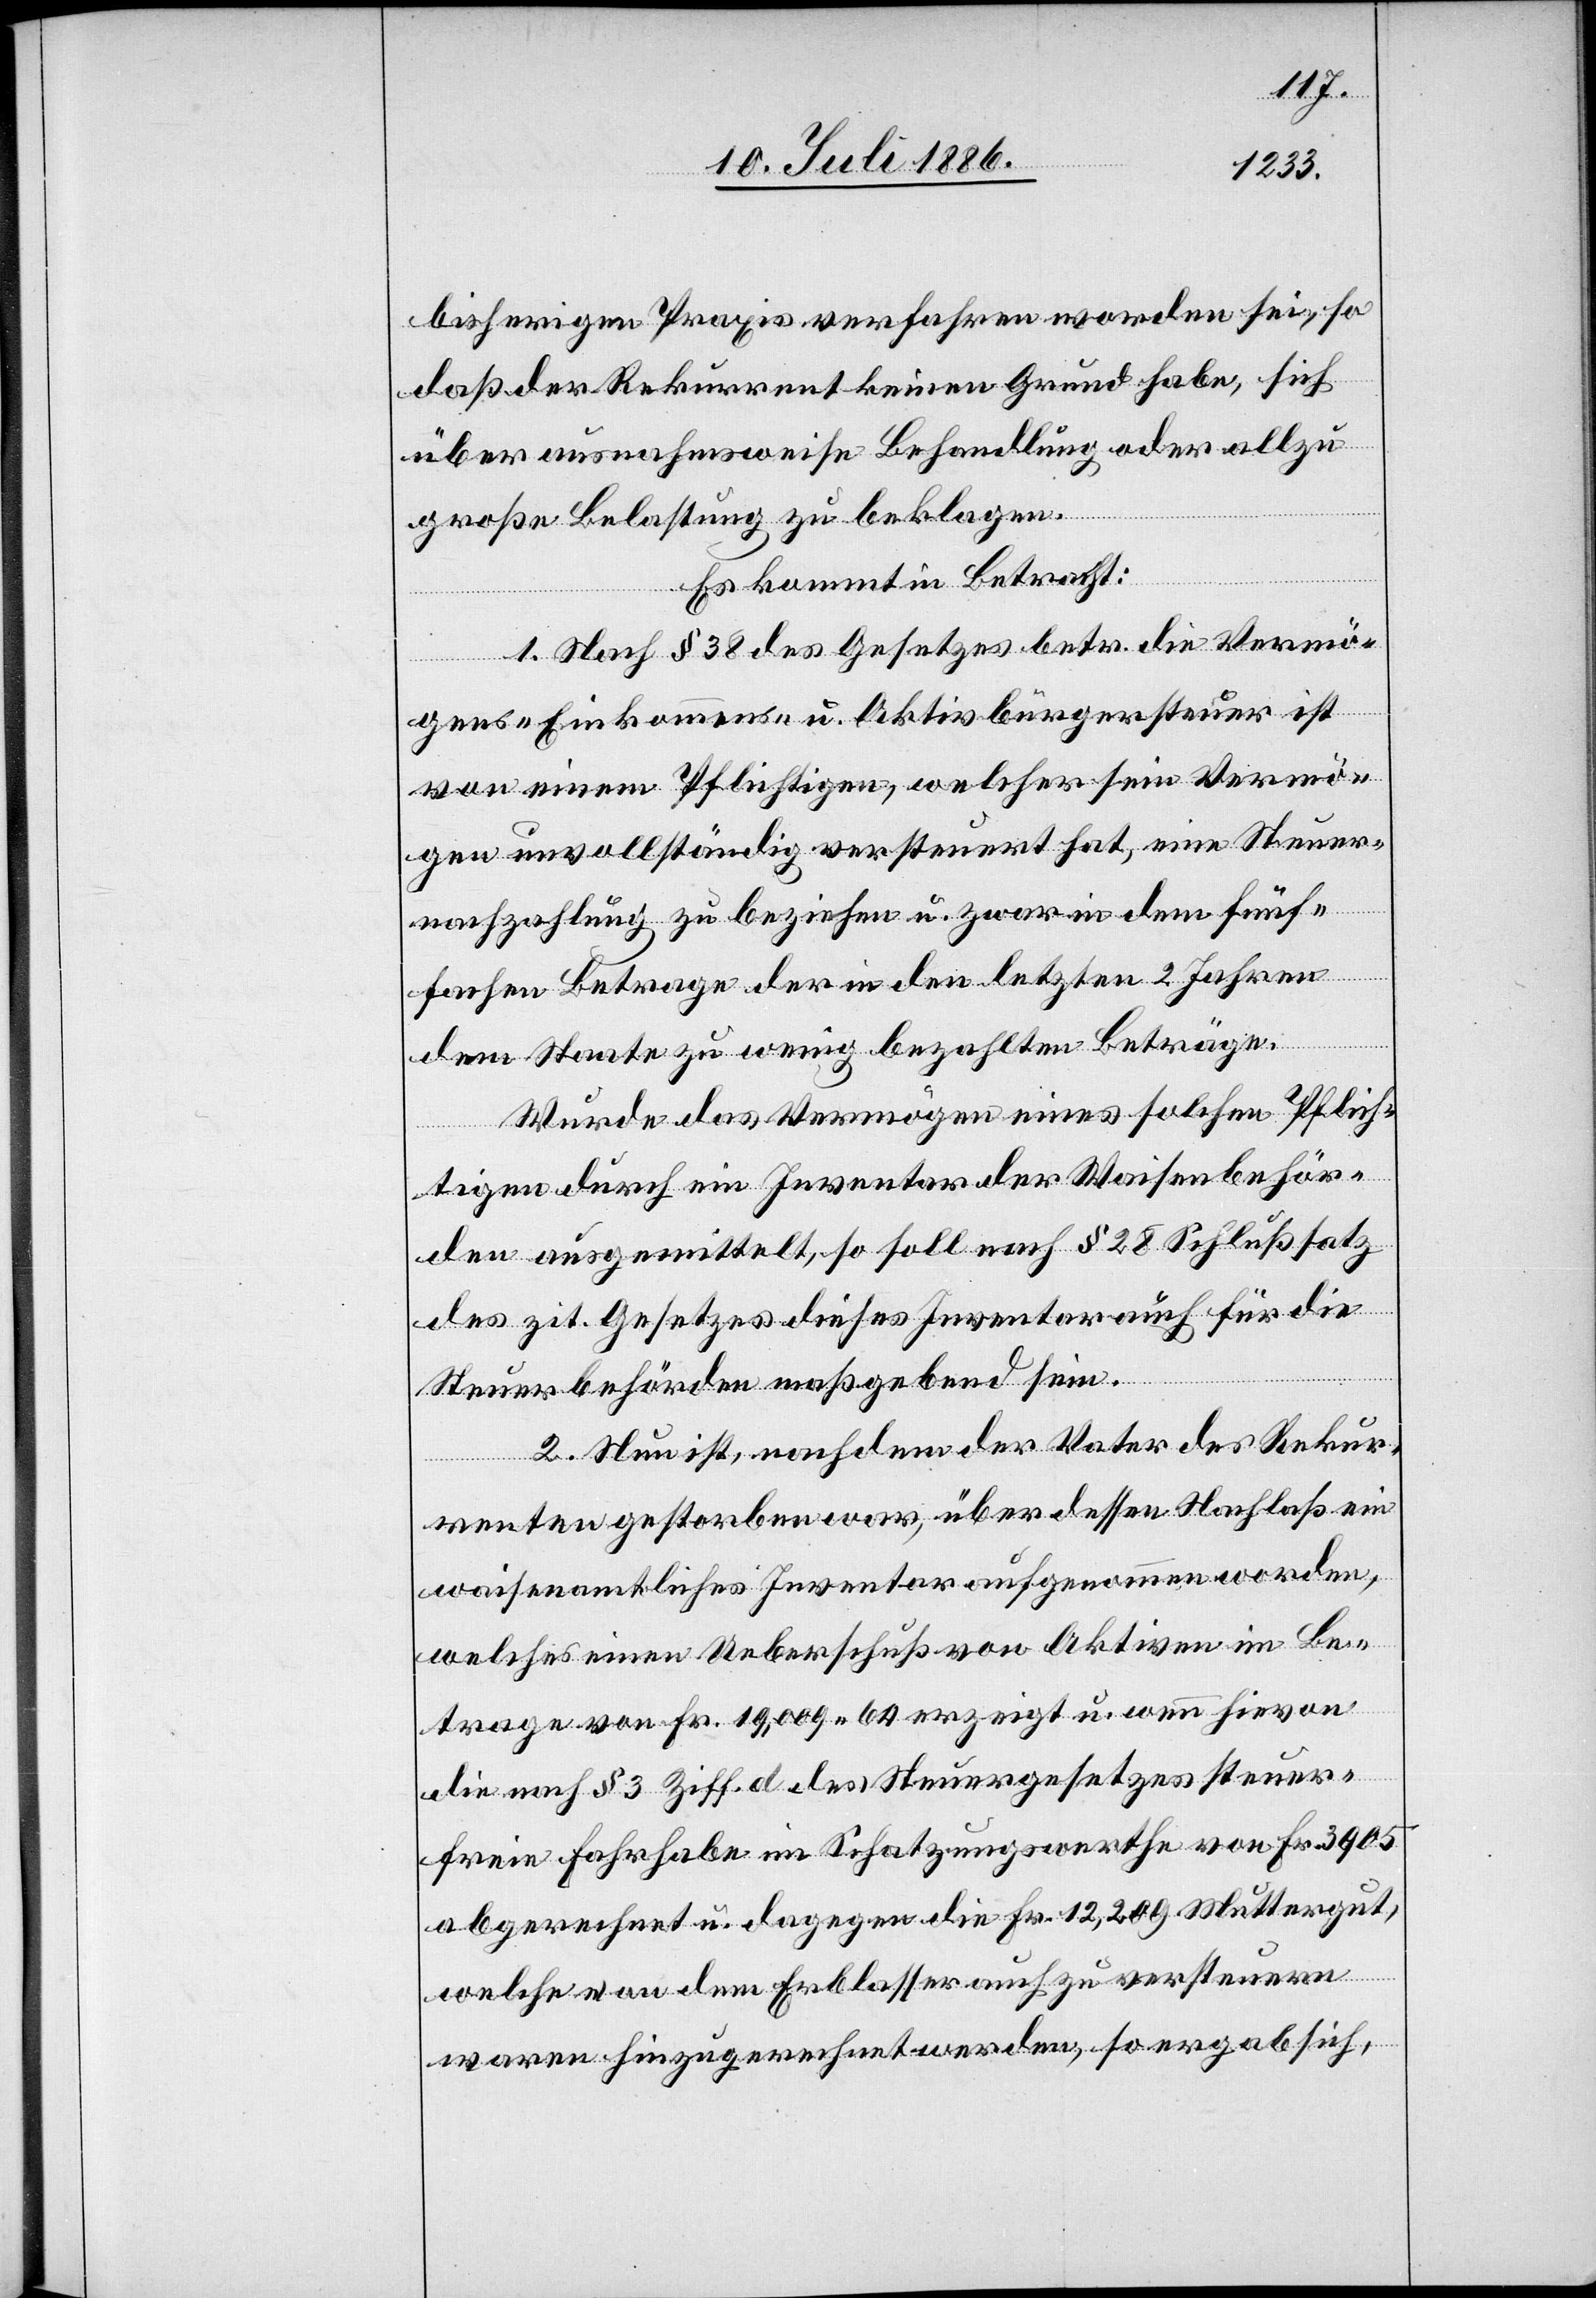
bisherigen Praxis verfahren worden sei, so
daß der Rekurrent keinen Grund habe, sich
über ausnahmsweise Behandlung oder allzu
große Belastung zu beklagen.
Es kommt in Betracht:
1. Nach § 38 des Gesetzes betr. die Vermö¬
gens- Einkommens- u. Aktivbürgersteuer ist
von einem Pflichtigen, welcher sein Vermö¬
gen unvollständig versteuert hat, eine Steuer¬
nachzahlung zu beziehen u. zwar in dem fünf¬
fachen Betrage der in den letzten 2 Jahren
dem Staate zu wenig bezahlten Beträge.
Wurde das Vermögen eines solchen Pflich¬
tigen durch ein Inventar der Waisenbehör¬
den ausgemittelt, so soll nach § 28 Schlußsatz
des zit. Gesetzes dieses Inventar auch für die
Steuerbehörde maßgebend sein.
2. Neu ist, nachdem der Vater des Rekur¬
renten gestorben war, über dessen Nachlaß ein
waisenamtliches Inventar aufgenommen worden,
welches einen Ueberschuß von Aktiven im Be¬
trage von Fr. 19,009 64 erzeigt u. wenn hievon
die nach § 3 Ziff. d des Steuergesetzes steuer¬
freie Fahrhabe im Schatzungswerthe von Fr. 3905
abgerechnet u. dagegen die Fr. 12,209 Muttergut,
welche von dem Erblasser auch zu versteuern
waren hinzugerechnet werden, so ergab sich,